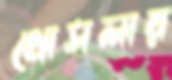
খোসলার